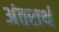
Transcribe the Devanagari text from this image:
अंतरार्थ